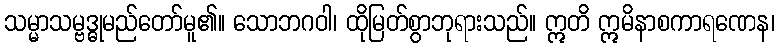
သမ္မာသမ္ဗဒ္ဓုမည်တော်မူ၏။ သောဘဂဝါ၊ ထိုမြတ်စွာဘုရားသည်။ ဣတိ ဣမိနာစကာရဏေန၊